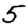
Digit: 5